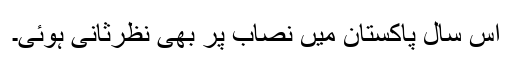
اس سال پاکستان میں نصاب پر بھی نظرثانی ہوئی۔